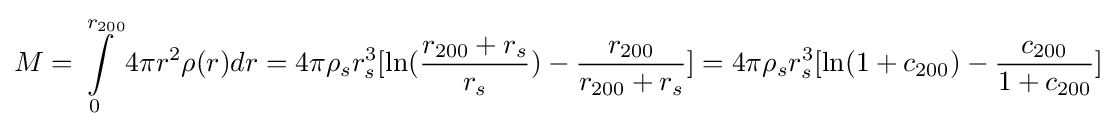
M=\int \limits _{0}^{r_{200}}4\pi r^{2}\rho (r)dr=4\pi \rho _{s}r_{s}^{3}[\ln({\frac {r_{200}+r_{s}}{r_{s}}})-{\frac {r_{200}}{r_{200}+r_{s}}}]=4\pi \rho _{s}r_{s}^{3}[\ln(1+c_{200})-{\frac {c_{200}}{1+c_{200}}}]